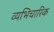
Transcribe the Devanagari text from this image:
व्यभिचारिक